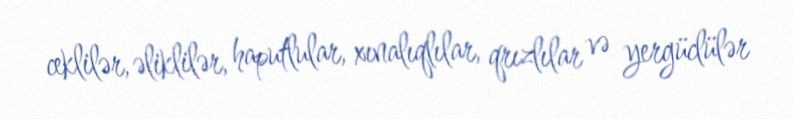
ceklilər, əliklilər, haputlular, xınalıqlılar, qrızlılar və yergüclülər